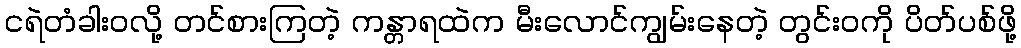
ငရဲတံခါးဝလို့ တင်စားကြတဲ့ ကန္တာရထဲက မီးလောင်ကျွမ်းနေတဲ့ တွင်းဝကို ပိတ်ပစ်ဖို့